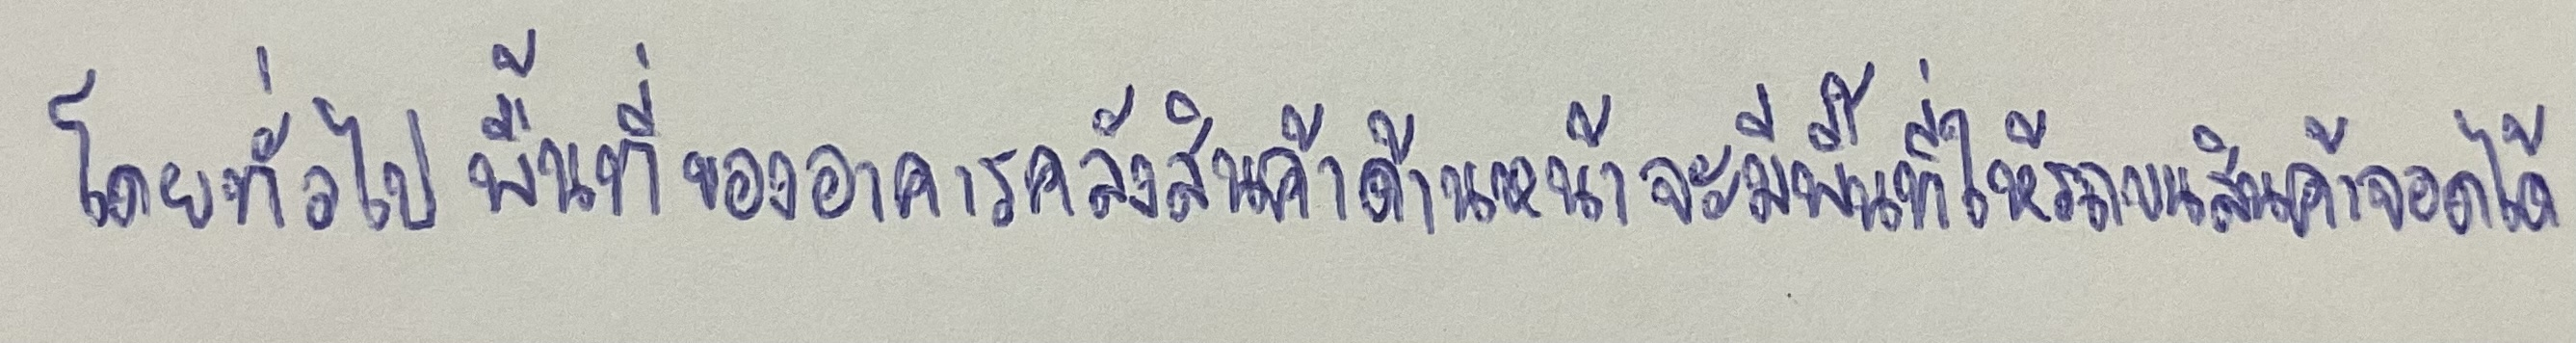
โดยทั่วไปพื้นที่ของอาคารคลังสินค้าด้านหน้าจะมีพื้นที่ให้รถขนสินค้าจอดได้